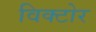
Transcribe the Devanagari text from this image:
विक्टोर